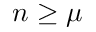
n \geq \mu